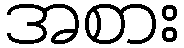
အစား